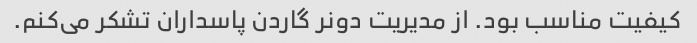
کیفیت مناسب بود. از مدیریت دونر گاردن پاسداران تشکر می‌کنم.